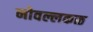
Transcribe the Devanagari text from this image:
नोवल्लकळ